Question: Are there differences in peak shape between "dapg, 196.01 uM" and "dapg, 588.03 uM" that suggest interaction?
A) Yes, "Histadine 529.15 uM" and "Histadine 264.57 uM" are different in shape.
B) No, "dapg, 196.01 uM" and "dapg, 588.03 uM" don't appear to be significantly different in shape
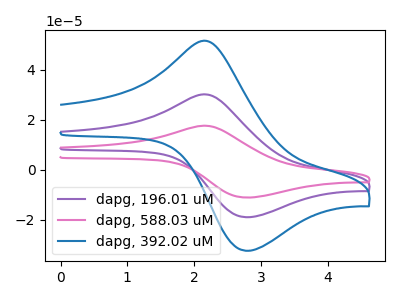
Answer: <think>The purple curve "dapg, 196.01 uM" has an anodic peak at (2.20V, 30.05uA) and a cathodic peak at (2.80V, -18.90uA). The pink curve "dapg, 588.03 uM" has an anodic peak at (2.20V, 60.10uA) and a cathodic peak at (2.80V, -37.80uA). The blue curve "dapg, 392.02 uM" has an anodic peak at (2.20V, 51.40uA) and a cathodic peak at (2.80V, -32.35uA).
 All the peaks in "dapg, 196.01 uM" have a peak in "dapg, 588.03 uM" at the same potential. Every peak in "dapg, 196.01 uM" is lower than every peak in "dapg, 588.03 uM".</think>
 <answer>B) No, "dapg, 196.01 uM" and "dapg, 588.03 uM" don't appear to be significantly different in shape</answer>
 <eval>B</eval>